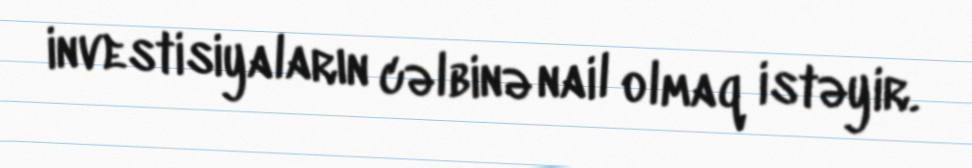
investisiyaların cəlbinə nail olmaq istəyir.